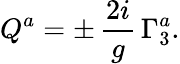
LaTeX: Q^{a}=\pm\, {\frac{2i}{g}}\, \Gamma_{3}^{a}.